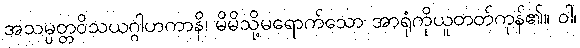
အသမ္ပတ္တဝိသယဂ္ဂါဟကာနိ၊ မိမိသို့မရောက်သော အာရုံကိုယူတတ်ကုန်၏။ ဝါ၊